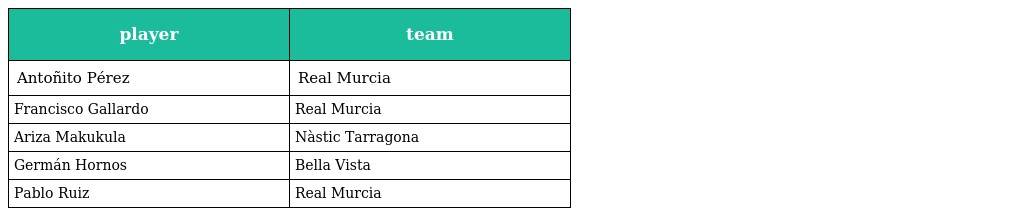
| player | team |
 | --- | --- |
 | Antoñito Pérez | Real Murcia |
 | Francisco Gallardo | Real Murcia |
 | Ariza Makukula | Nàstic Tarragona |
 | Germán Hornos | Bella Vista |
 | Pablo Ruiz | Real Murcia |